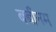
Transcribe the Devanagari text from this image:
बबीनम